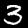
Digit: 3